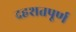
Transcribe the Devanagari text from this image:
दहशतपूर्ण